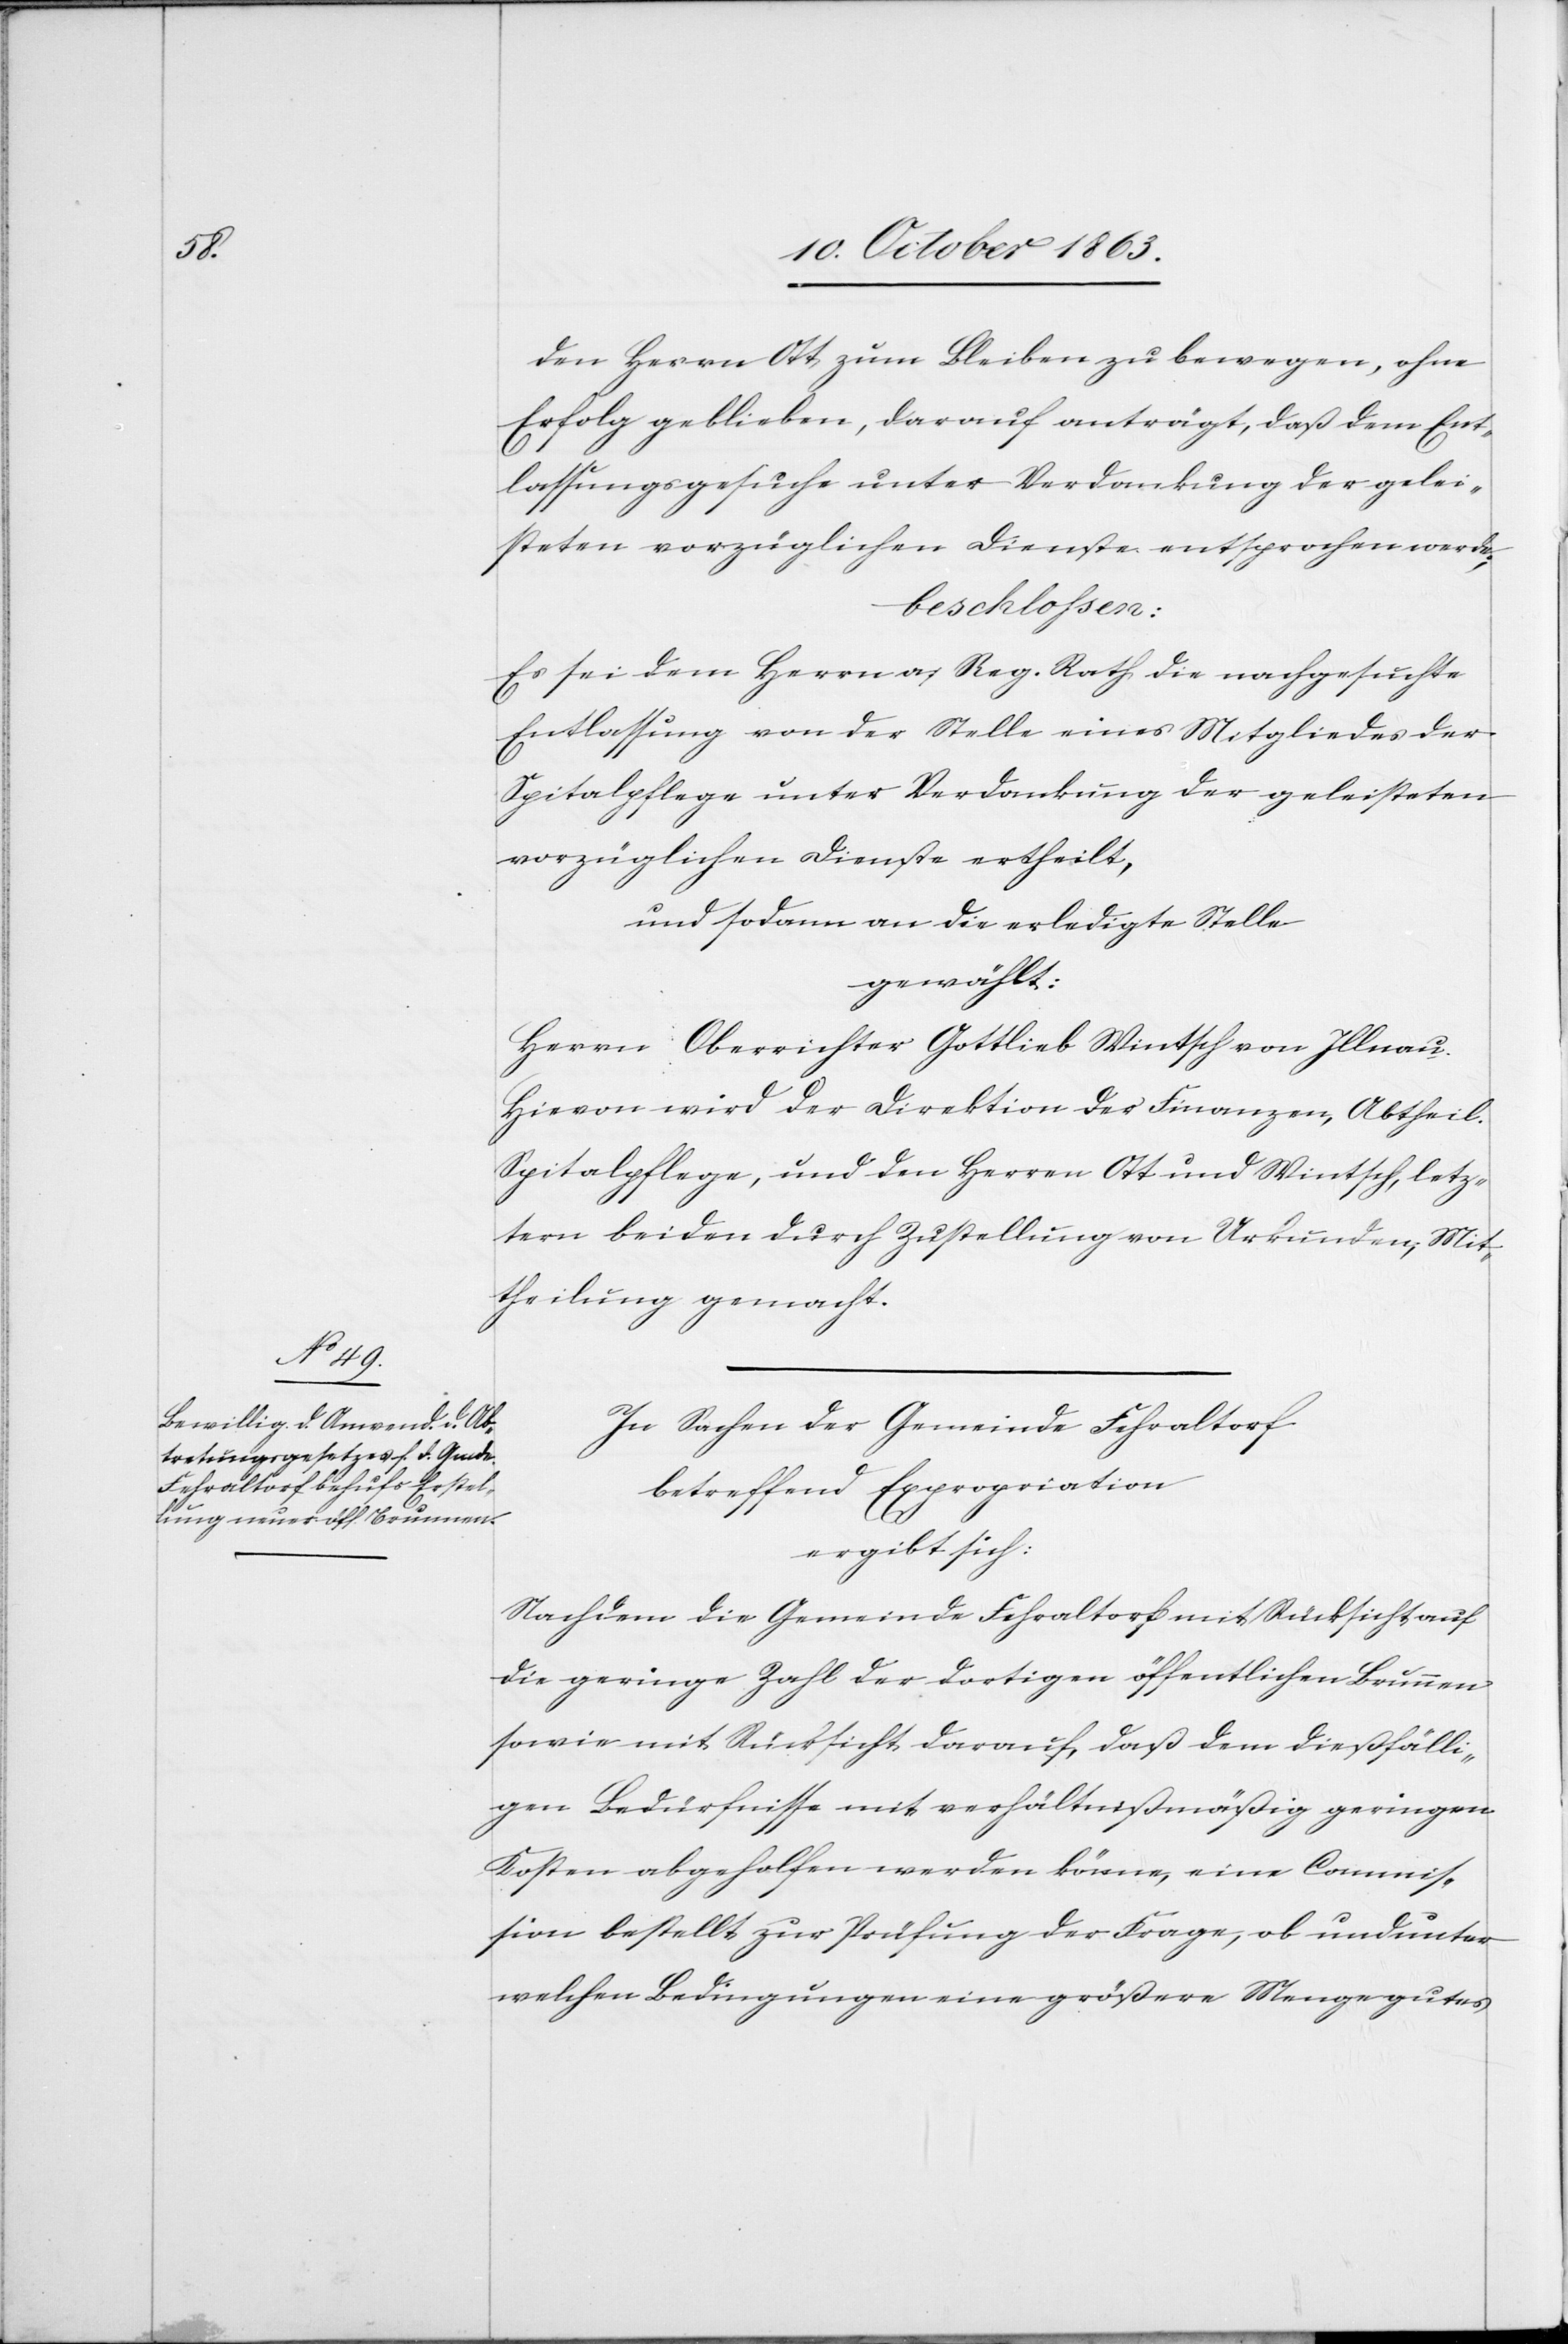
den Herrn Ott zum Bleiben zu bewegen, ohne
Erfolg geblieben, darauf anträgt, daß dem Ent¬
lassungsgesuche unter Verdankung der gelei¬
steten vorzüglichen Dienste entsprochen werde;
beschlossen:
Es sei dem Herrn a/Reg. Rath die nachgesuchte
Entlassung von der Stelle eines Mitgliedes der
Spitalpflege unter Verdankung der geleisteten
vorzüglichen Dienste ertheilt,
und sodann an die erledigte Stelle
gewählt:
Herrn Oberrichter Gottlieb Wintsch von Illnau.
Hievon wird der Direktion der Finanzen, Abtheil.
Spitalpflege, und den Herren Ott und Wintsch, letz¬
tern beiden durch Zustellung von Urkunden; Mit¬
theilung gemacht.
In Sachen der Gemeinde Fehraltorf
betreffend Expropriation
ergibt sich:
Nachdem die Gemeinde Fehraltorf mit Rücksicht auf
die geringe Zahl der dortigen öffentlichen Brunnen
sowie mit Rücksicht darauf, daß dem dießfälli¬
gen Bedürfnisse mit verhältnißmäßig geringen
Kosten abgeholfen werden könne, eine Commis¬
sion bestellt zur Prüfung der Frage, ob und unter
welchen Bedingungen eine größere Menge gutes